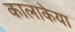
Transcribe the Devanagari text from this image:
कालाकेया